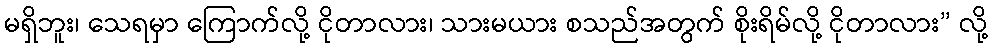
မရှိဘူး၊ သေရမှာ ကြောက်လို့ ငိုတာလား၊ သားမယား စသည်အတွက် စိုးရိမ်လို့ ငိုတာလား” လို့